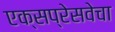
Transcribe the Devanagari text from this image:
एक्सप्रेसवेचा